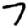
Digit: 7